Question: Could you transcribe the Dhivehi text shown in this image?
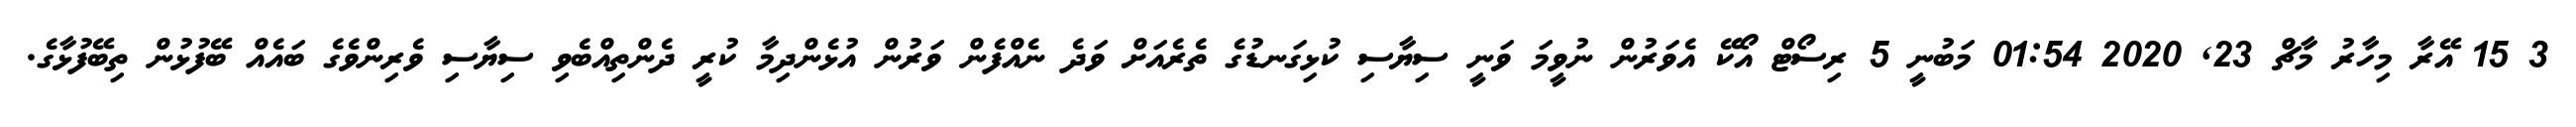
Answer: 3 15 އޭރާ މިހާރު މާޗް 23, 2020 01:54 މަބުނީ 5 ރިސޯޓް އޯކޭ އެވަރުން ނުވީމަ ވަނީ ސިޔާސި ކުޅިގަނޑުގެ ތެރެއަށް ވަދެ ނެއްފެން ވަރުން އުޅެންދިމާ ކުރީ ދެންތިއްބެވި ސިޔާސި ވެރިންވެގެ ބައެއް ބޭފުޅުން ތިބޭފުޅާގެ.